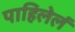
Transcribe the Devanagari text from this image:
पाहिलेलं